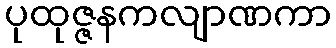
ပုထုဇ္ဇနကလျာဏကာ